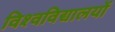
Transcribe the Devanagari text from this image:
विश्‍वविद्यालयों